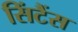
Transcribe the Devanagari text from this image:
सिंटैंस